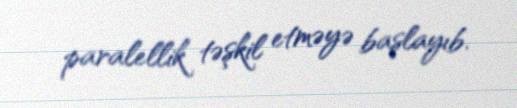
paralellik təşkil etməyə başlayıb.